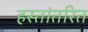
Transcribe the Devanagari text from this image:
हस्‍तांतरित